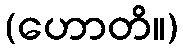
(ဟောတိ။)